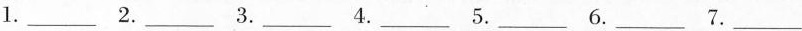
l.___ 2.___ 3.___ 4.___ 5.___ 6.___ 7.___